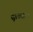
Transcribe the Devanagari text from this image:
पृष्ठकाग्र